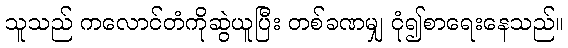
သူသည် ကလောင်တံကိုဆွဲယူပြီး တစ်ခဏမျှ ငုံ၍စာရေးနေသည်။